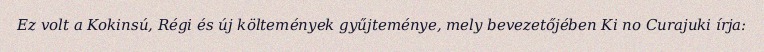
Ez volt a Kokinsú, Régi és új költemények gyűjteménye, mely bevezetőjében Ki no Curajuki írja: